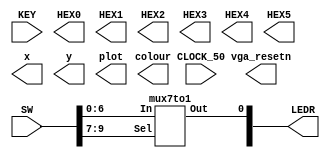
`timescale 1ns / 1ps
`default_nettype none

module main	(
	input wire CLOCK_50,            //On Board 50 MHz
	input wire [9:0] SW,            // On board Switches
	input wire [3:0] KEY,           // On board push buttons
	output wire [6:0] HEX0,         // HEX displays
	output wire [6:0] HEX1,         
	output wire [6:0] HEX2,         
	output wire [6:0] HEX3,         
	output wire [6:0] HEX4,         
	output wire [6:0] HEX5,         
	output wire [9:0] LEDR,         // LEDs
	output wire [7:0] x,            // VGA pixel coordinates
	output wire [6:0] y,
	output wire [2:0] colour,       // VGA pixel colour (0-7)
	output wire plot,               // Pixel drawn when this is pulsed
	output wire vga_resetn          // VGA resets to black when this is pulsed (NOT CURRENTLY AVAILABLE)
);    

	//Write code in here!
	mux7to1 a (SW[6:0], SW[9:7], LEDR[0]);
	
endmodule

module mux7to1 (In, Sel, Out);
	
	input wire [6:0] In;
	input wire [2:0] Sel;
	output reg Out;
	
	always @(*)
		begin
			case(Sel[2:0])
				3'b000: Out = In[0];
				3'b001: Out = In[1];
				3'b010: Out = In[2];
				3'b011: Out = In[3];
				3'b100: Out = In[4];
				3'b101: Out = In[5];
				3'b110: Out = In[6];
				default: Out = In[0];
			endcase
		end
endmodule